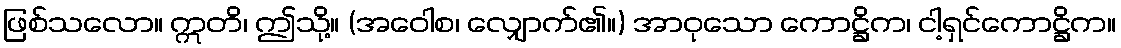
ဖြစ်သလော။ ဣတိ၊ ဤသို့။ (အဝေါစ၊ လျှောက်၏။) အာဝုသော ကောဋ္ဌိက၊ ငါ့ရှင်ကောဋ္ဌိက။